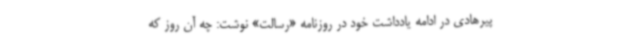
پیرهادی در ادامه یادداشت خود در روزنامه «رسالت» نوشت: چه آن روز که